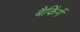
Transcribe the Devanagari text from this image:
बैकिंगें